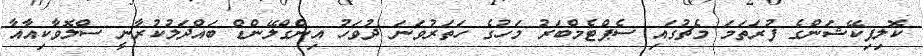
ކޮލިފިކޭޝަންގެ ފުރަތަމަ މެޗުގައި ސެޕްޓެމްބަރު މަހުގެ ހަތަރުވަނަ ދުވަހު އިންގްލޭންޑް ބައްދަލުކުރާނީ ސްލޮވާކިއާއާ